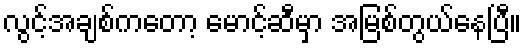
လွင့်အချစ်ကတော့ မောင့်ဆီမှာ အမြစ်တွယ်နေပြီ။